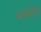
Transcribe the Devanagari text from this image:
म्हणोनी